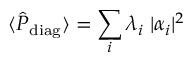
\langle \hat { P } _ { \mathrm { d i a g } } \rangle = \sum _ { i } \lambda _ { i } \; | \alpha _ { i } | ^ { 2 }